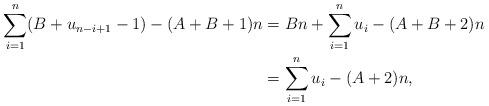
LaTeX: \begin{align*}\sum_{i=1}^n(B+u_{n-i+1}-1)-(A+B+1)n&=Bn+\sum_{i=1}^nu_i-(A+B+2)n\\&=\sum_{i=1}^nu_i-(A+2)n,\end{align*}